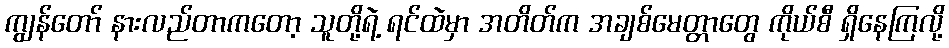
ကျွန်တော် နားလည်တာကတော့ သူတို့ရဲ့ ရင်ထဲမှာ အတိတ်က အချစ်မေတ္တာတွေ ကိုယ်စီ ရှိနေကြလို့